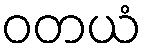
ဝတယံ